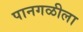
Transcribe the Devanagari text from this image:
पानगळीला